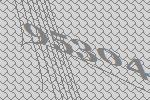
95304